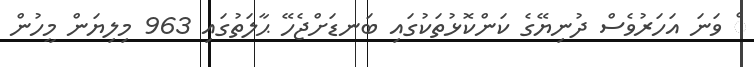
ް ވަނަ އަހަރުވެސް ދުނިޔޭގެ ކަންކޮޅުތަކުގައި ބަނޑަށްޖެހޭ ޙާލަތުގައި 963 މިލިޔަން މީހުން